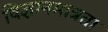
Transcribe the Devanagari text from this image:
विज्ञानमात्रता